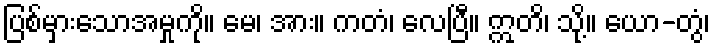
ပြစ်မှားသောအမှုကို။ မေ၊ အား။ ကတံ၊ လေပြီ။ ဣတိ၊ သို့။ ယော-တွံ၊